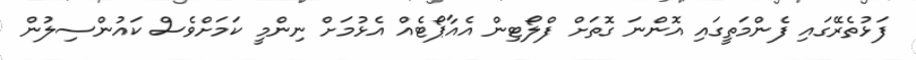
ފަޅުތެރޭގައި ފެންމަތީގައި އޮންނަ ގޮތަށް ފްލޯޓިން އެއާޕޯޓެއް އެޅުމަށް ނިންމީ ކަމަށްވެސް ކައުންސިލުން